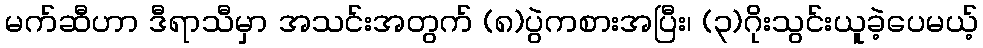
မက်ဆီဟာ ဒီရာသီမှာ အသင်းအတွက် (၈)ပွဲကစားအပြီး၊ (၃)ဂိုးသွင်းယူခဲ့ပေမယ့်